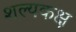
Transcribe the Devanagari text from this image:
शल्यकक्ष